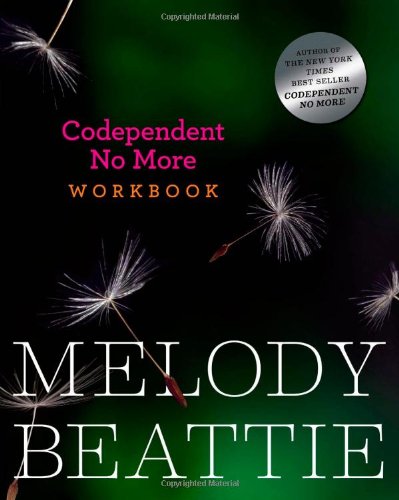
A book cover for Codependent No More Workbook; Melody Beattie; Self-Help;